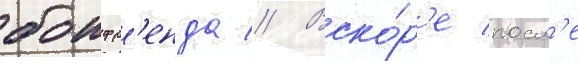
боифр'енда // Вско́р'е посл'е